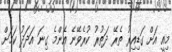
މިއީ އަށް ގަޑިއިރު ތެރޭ ދަތުރު ކުރެވޭނެ އެންމެ ގިނަ އަދަދު ކަމަށް